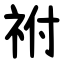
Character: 祔